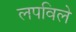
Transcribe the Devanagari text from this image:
लपविले